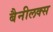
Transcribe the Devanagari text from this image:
बैनीलक्स